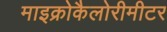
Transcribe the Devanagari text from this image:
माइक्रोकैलोरीमीटर